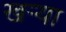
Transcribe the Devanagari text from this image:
खर्‍या